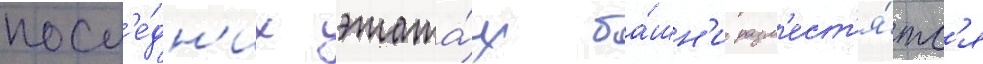
посл'е́дн'их этажа́х ба́шн'и разм'ест'я́тс'я